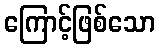
ကြောင့်ဖြစ်သော